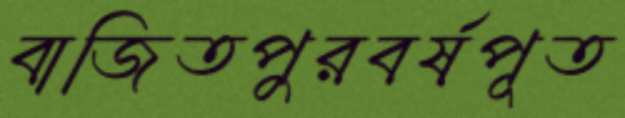
বাজিতপুরবর্ষপূত